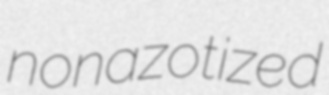
nonazotized